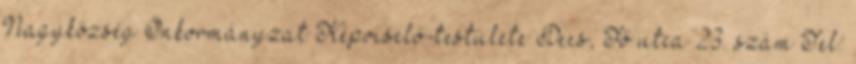
Nagyközség Önkormányzat Képviselő-testülete Decs, Fő utca 23. szám Tel: